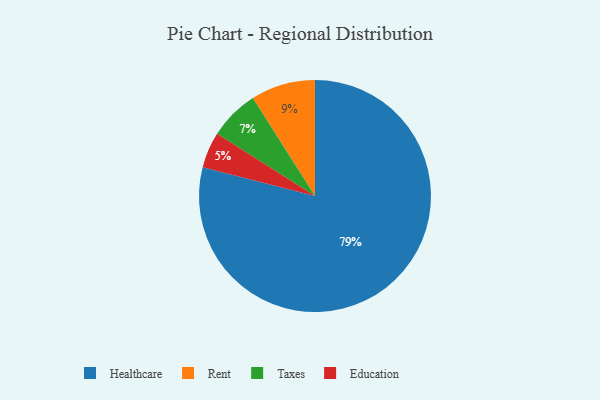
{"axis": {"x": "Category", "y": "Percentage"}, "legend": ["Education", "Healthcare", "Rent", "Taxes"], "data": [{"x": "Rent", "y": 9, "type": "Rent"}, {"x": "Taxes", "y": 7, "type": "Taxes"}, {"x": "Education", "y": 5, "type": "Education"}, {"x": "Healthcare", "y": 79, "type": "Healthcare"}]}